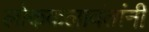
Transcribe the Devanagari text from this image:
लोककलावंतांनी